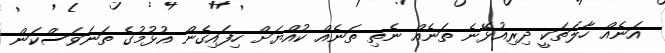
އަނެއް ހާލަތަކީ ދިރިއުޅޭނެ ތަނެއް ނެތި ތަނެއް ކުއްޔަށް ހިފައިގެން އުޅުމުގެ ތަނަވަސްކަން